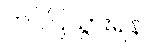
တင်ပြသွားရန်